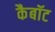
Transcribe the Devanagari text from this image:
कैबॉट